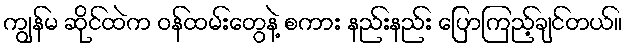
ကျွန်မ ဆိုင်ထဲက ဝန်ထမ်းတွေနဲ့ စကား နည်းနည်း ပြောကြည့်ချင်တယ်။